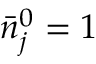
\bar { n } _ { j } ^ { 0 } = 1